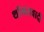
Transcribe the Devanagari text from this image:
थॉमसवादी